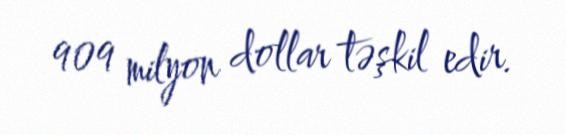
909 milyon dollar təşkil edir.